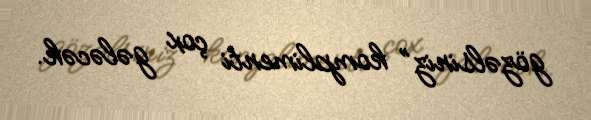
gözəlsiniz” komplimenti çox gələcək.